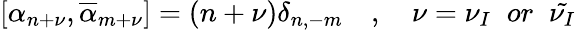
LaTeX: [\alpha_{n+\nu},\overline{{{\alpha}}}_{m+\nu}]=(n+\nu)\delta_{n,-m}\quad,\quad\nu=\nu_{I}\; \; or\; \; \tilde{\nu_{I}}